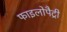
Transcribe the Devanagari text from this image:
फाइलोपैट्री